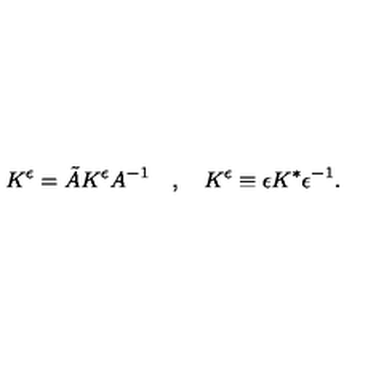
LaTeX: K ^ { \epsilon } = \tilde { A } K ^ { \epsilon } A ^ { - 1 } \quad , \quad K ^ { \epsilon } \equiv \epsilon K ^ { * } \epsilon ^ { - 1 } .